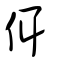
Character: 佴